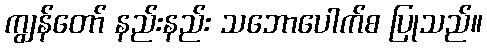
ကျွန်တော် နည်းနည်း သဘောပေါက်စ ပြုသည်။